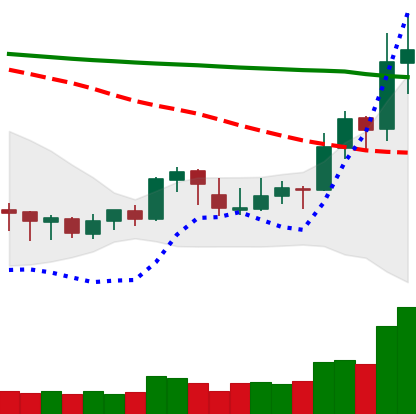
Ticker: XLM-USD
Chart end date: 2020-01-18
Forward return: -3.135%
Label: down_3_5